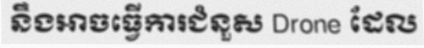
នឹងអាចធ្វើការជំនួស Drone ដែល